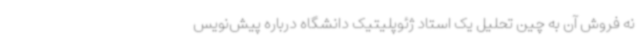
نه فروش آن به چین تحلیل یک استاد ژئوپلیتیک دانشگاه درباره پیش‌نویس